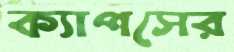
ক্যাপসের